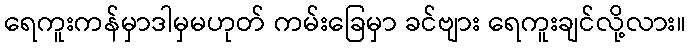
ရေကူးကန်မှာဒါမှမဟုတ် ကမ်းခြေမှာ ခင်ဗျား ရေကူးချင်လို့လား။